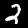
Digit: 2